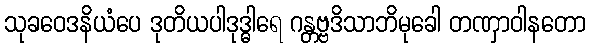
သုခဝေဒနိယံပေ ဒုတိယပါဒုဒ္ဓါရေ ဂန္တဗ္ဗဒိသာဘိမုခေါ တဏှာဝါနတော